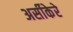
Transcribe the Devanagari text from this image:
अर्सीकेरे